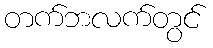
တက်ဘလက်တွင်